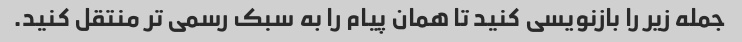
جمله زیر را بازنویسی کنید تا همان پیام را به سبک رسمی تر منتقل کنید.